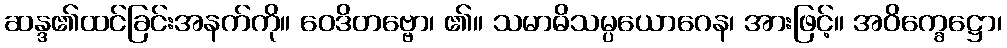
ဆန္ဒ၏ထင်ခြင်းအနက်ကို။ ဝေဒိတဗ္ဗော၊ ၏။ သမာဓိသမ္ပယောဂေန၊ အားဖြင့်။ အဝိက္ခေဋ္ဌော၊